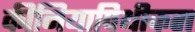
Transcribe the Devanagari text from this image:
कीनियापिथीकस